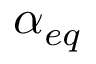
\alpha _ { e q }